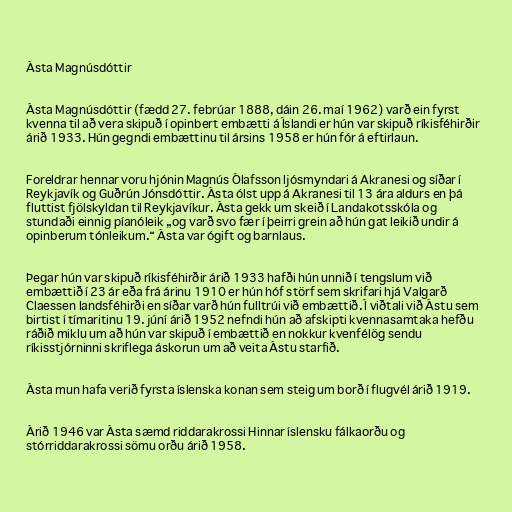
Ásta Magnúsdóttir

Ásta Magnúsdóttir (fædd 27. febrúar 1888, dáin 26. maí 1962) varð ein fyrst
kvenna til að vera skipuð í opinbert embætti á Íslandi er hún var skipuð ríkisféhirðir
árið 1933. Hún gegndi embættinu til ársins 1958 er hún fór á eftirlaun.

Foreldrar hennar voru hjónin Magnús Ólafsson ljósmyndari á Akranesi og síðar í
Reykjavík og Guðrún Jónsdóttir. Ásta ólst upp á Akranesi til 13 ára aldurs en þá
fluttist fjölskyldan til Reykjavíkur. Ásta gekk um skeið í Landakotsskóla og
stundaði einnig píanóleik „og varð svo fær í þeirri grein að hún gat leikið undir á
opinberum tónleikum.“ Ásta var ógift og barnlaus.

Þegar hún var skipuð ríkisféhirðir árið 1933 hafði hún unnið í tengslum við
embættið í 23 ár eða frá árinu 1910 er hún hóf störf sem skrifari hjá Valgarð
Claessen landsféhirði en síðar varð hún fulltrúi við embættið. Í viðtali við Ástu sem
birtist í tímaritinu 19. júní árið 1952 nefndi hún að afskipti kvennasamtaka hefðu
ráðið miklu um að hún var skipuð í embættið en nokkur kvenfélög sendu
ríkisstjórninni skriflega áskorun um að veita Ástu starfið.

Ásta mun hafa verið fyrsta íslenska konan sem steig um borð í flugvél árið 1919.

Árið 1946 var Ásta sæmd riddarakrossi Hinnar íslensku fálkaorðu og
stórriddarakrossi sömu orðu árið 1958.